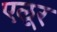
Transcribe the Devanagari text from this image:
एलूर